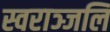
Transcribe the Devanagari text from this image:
स्वराञ्जलि